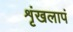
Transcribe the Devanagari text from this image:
शृंखलापं